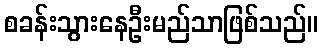
စခန်းသွားနေဦးမည်သာဖြစ်သည်။